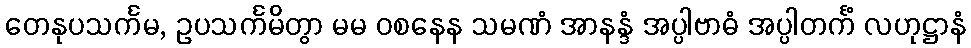
တေနုပသင်္ကမ, ဥပသင်္ကမိတွာ မမ ဝစနေန သမဏံ အာနန္ဒံ အပ္ပါဗာဓံ အပ္ပါတင်္ကံ လဟုဋ္ဌာနံ